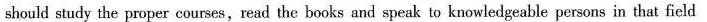
should study the proper courses,read the books and speak to knowledgeable persons in that field